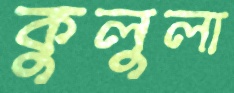
কুলুলা